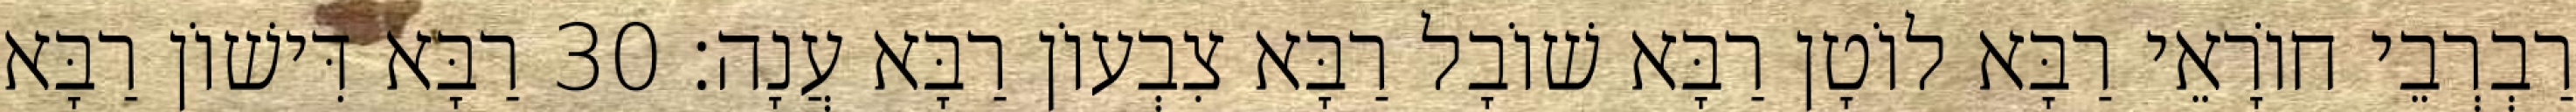
רַבְרְבֵי חוֹרָאֵי רַבָּא לוֹטָן רַבָּא שׁוֹבָל רַבָּא צִבְעוֹן רַבָּא עֲנָה׃ 30 רַבָּא דִּישׁוֹן רַבָּא